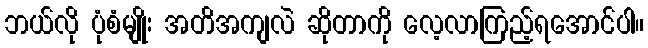
ဘယ်လို ပုံစံမျိုး အတိအကျလဲ ဆိုတာကို လေ့လာကြည့်ရအောင်ပါ။